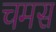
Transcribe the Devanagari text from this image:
चमस